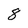
Character: 8